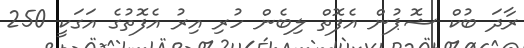
ރާދަ ބުކް ޝޮޕުން އެފޮތް ލިބެން ހުރި އިރު އެފޮތުގެ އަގަކީ 250